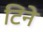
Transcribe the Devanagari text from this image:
टिने